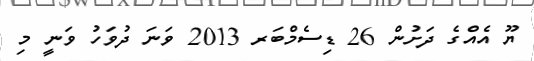
ޔޫ އެއްގެ ދަށުން 26 ޑިސެމްބަރ 2013 ވަނަ ދުވަހު ވަނީ މި